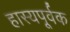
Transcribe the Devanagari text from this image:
हास्यपूर्वक